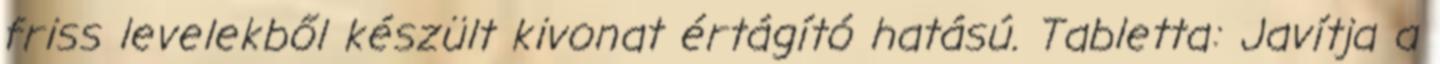
friss levelekből készült kivonat értágító hatású. Tabletta: Javítja a